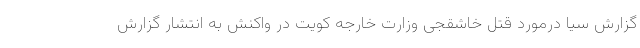
گزارش سیا درمورد قتل خاشقجی وزارت خارجه کویت در واکنش به انتشار گزارش